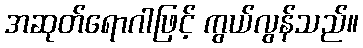
အဆုတ်ရောဂါဖြင့် ကွယ်လွန်သည်။